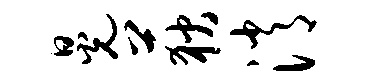
晃荻消